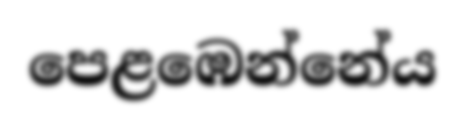
පෙළඹෙන්නේය